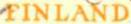
FINLAND